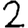
Digit: 2